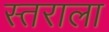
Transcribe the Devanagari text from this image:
स्तराला